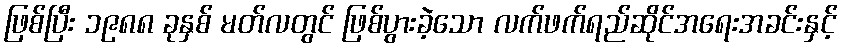
ဖြစ်ပြီး ၁၉၈၈ ခုနှစ် မတ်လတွင် ဖြစ်ပွားခဲ့သော လက်ဖက်ရည်ဆိုင်အရေးအခင်းနှင့်